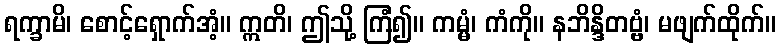
ရက္ခာမိ၊ စောင့်ရှောက်အံ့။ ဣတိ၊ ဤသို့ ကြံ၍။ ကမ္မံ၊ ကံကို။ နဘိန္ဒိတဗ္ဗံ၊ မဖျက်ထိုက်။